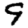
Digit: 9